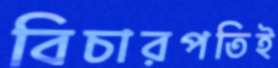
বিচারপতিই